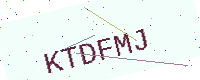
Text: KTDFMJ